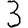
Digit: 3